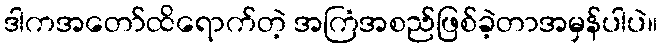
ဒါကအတော်ထိရောက်တဲ့ အကြံအစည်ဖြစ်ခဲ့တာအမှန်ပါပဲ။